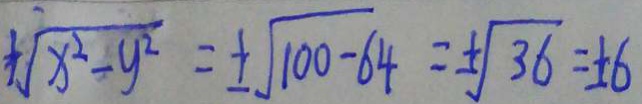
+ \sqrt { x ^ { 2 } - y ^ { 2 } } = \pm \sqrt { 1 0 0 - 6 4 } = \pm \sqrt { 3 6 } = \pm 6